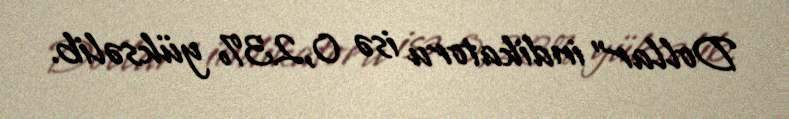
Dollar" indikatoru isə 0,23% yüksəlib.